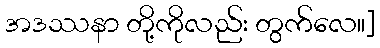
အဒဿနာ တို့ကိုလည်း တွက်လေ။]